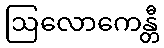
ဩလောကေန္တီ